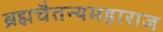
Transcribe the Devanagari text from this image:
ब्रह्मचैतन्यमहाराज